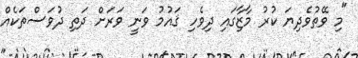
"މި ވޭތުވެދިޔަ ކުރު މާޒާިގައި ދިވެހި ޤައުމު ވަނީ ވަރަށް ދަތި ދުވަސްތަކެއް